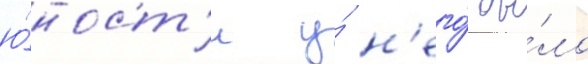
ю́ност'и у́ н'его́ бы́ло